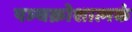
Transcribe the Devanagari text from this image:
पञ्चक्रोशात्मकं